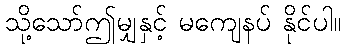
သို့သော်ဤမျှနှင့် မကျေနပ် နိုင်ပါ။